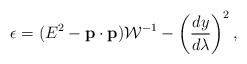
\begin{align*}\epsilon=(E^2-{\bf p}\cdot{\bf p}){\cal W}^{-1}-\left({{dy}\over{d\lambda}}\right)^2,\end{align*}